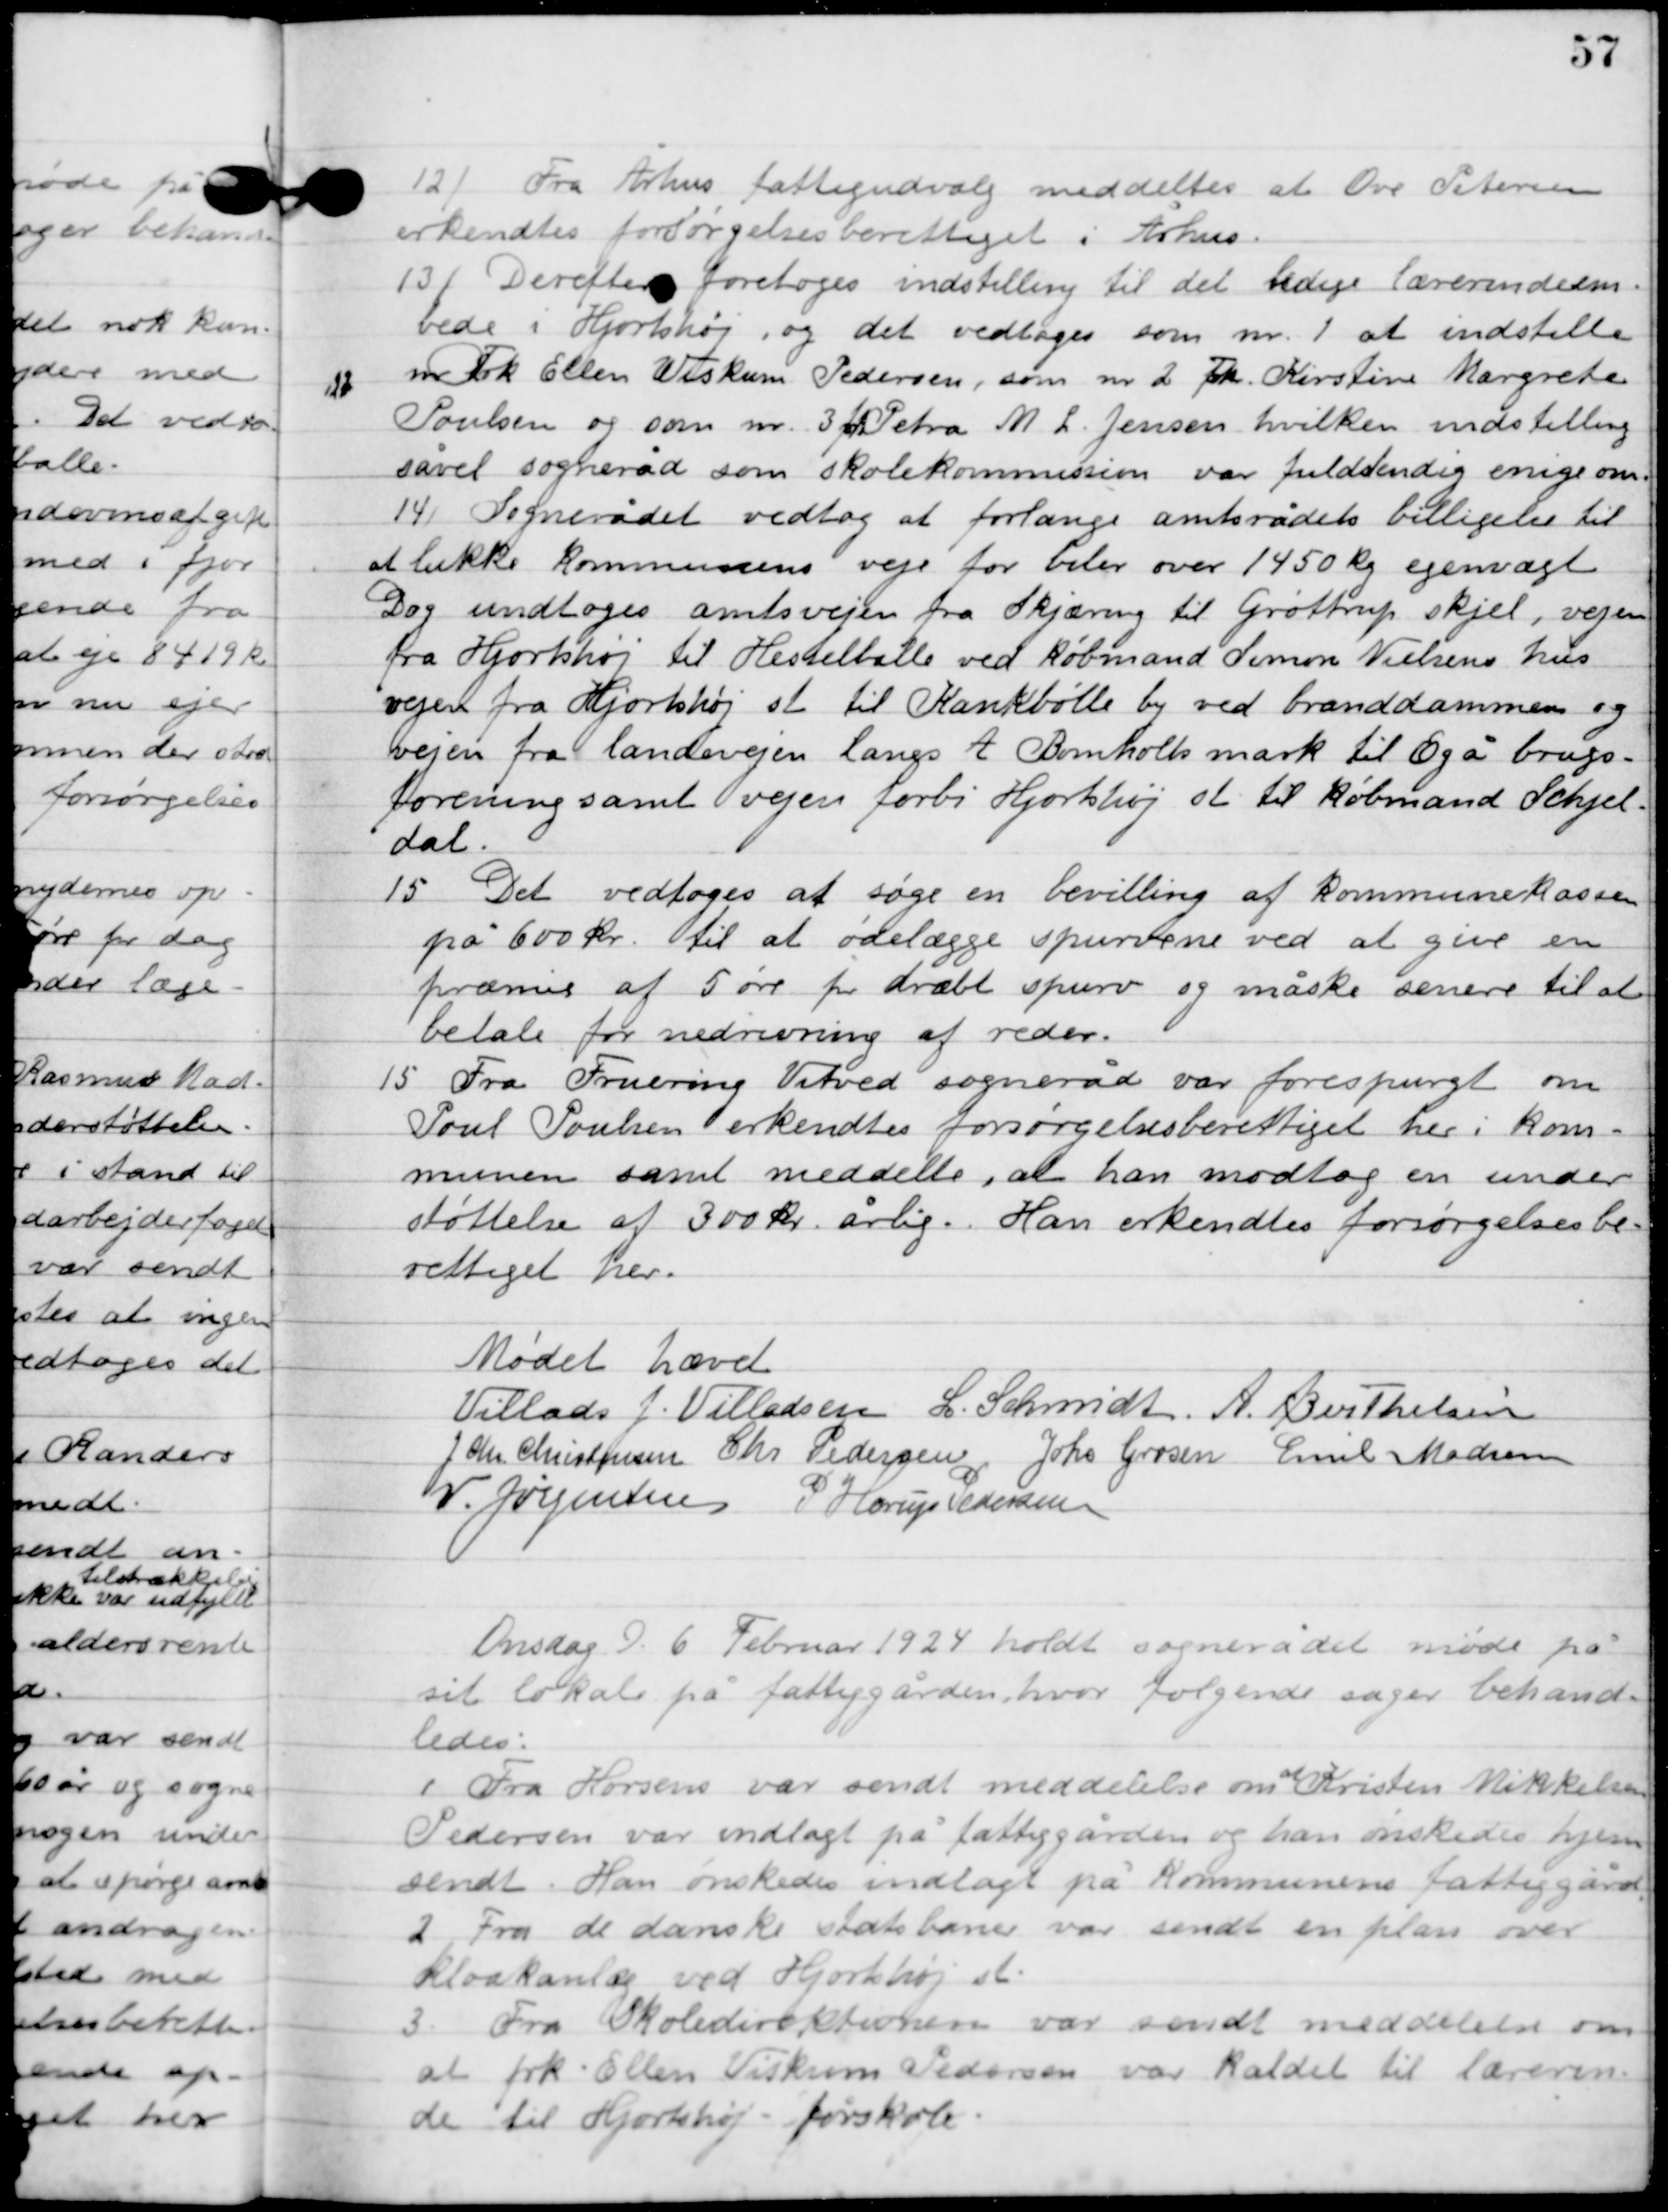
Transskription:
12

Fra Århus fattigudvalg meddeltes at Ove Petersen
erkendtes forsørgelsesberettiget i Århus.

13

Derefter foretoges indstilling til det ledige lærerindeem-
bede i Hjortshøj, og det vedtoges som nr. 1. at indstille
Frk. Ellen Viskum Pedersen, som nr. 2. Frk. Kirstine Margrethe
Poulsen og som nr. 3. frk. Petra M. L. Jensen hvilken indstilling
såvel sogneråd som skolekommission var fuldstændig enige om.

14

Sognerådet vedtog at forlange amtsrådets billigelse til
at lukke kommunens veje for biler over 1450 kg egenvægt
Dog undloges amtsvejen fra Sjkæring til Gøttrup skjel, vejen
fra Hjorthøj til Hesselballe ved købmand Simon Nilsens hus
vejen fra Hjortshøj st. til Kankbølle by ved branddammen og
vejen fra landevejen langs A. Bomholts mark til Egå brugs-
forenings samt vejen forbi Hjortshøjs st. til købmand Schjel-
dal.

15

Det vedtoges at søge en bevilling af kommunekassen
på 600 kr. til at ødelægge spurvene ved at give en
præmie af 5 øre pr. dræbt spurv og måske sener til at
betale for nedrivning af reder.

16

Fra Fruering Vitved sogneråd var forespurgt om
Poul Poulsen erkendtes forsørgelsesberettige her i kom-
munen samt meddelte, at an modtog en under-
støttelse af 300 kr. årlig. Han erkendtes forsørgelsesbe-
rettiget her.

Mødet hævet

Villads J. Villadsen
L. Schmidt
A. Berthelsen
J. Chr. Christensen
Chr. Pedersen
Johs. Grosen
Emil Madsen
V. Jørgensen
P. Horup Pedersen

Onsdag D. 6. februar 1924 holdt sognerådet møde på
sit lokale på fattiggården, hvor følgende sager behand-
ledes.

1

Fra Horsens var sendt meddelelse om
at
Kristen Mikkelsen
Pedersen var indlagt på fattiggården og han ønskedes hjem-
sendt. Han ønskedes indlagt på Kommunens fattiggård.

2

Fra de danske Statsbaner var sendt en plan over
kloakanlæg ved Hjortshøj st.

3

Fra skoledirektionen var sendt meddelelse om
at frk. Ellen Viskum Pedersen var kaldt til lærerin-
de til Hjortshøj friskole.